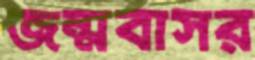
জন্মবাসর